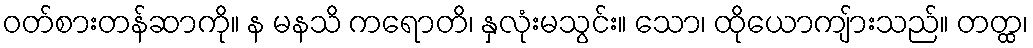
ဝတ်စားတန်ဆာကို။ န မနသိ ကရောတိ၊ နှလုံးမသွင်း။ သော၊ ထိုယောကျ်ားသည်။ တတ္ထ၊